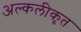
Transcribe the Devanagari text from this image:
अल्कलीकृत